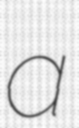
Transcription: a